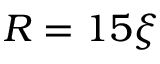
R = 1 5 \xi